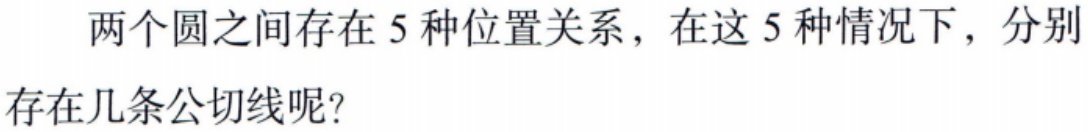
两个圆之间存在 5 种位置关系，在这 5 种情况下，分别存在几条公切线呢？